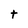
Character: t